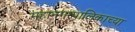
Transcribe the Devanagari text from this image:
महानगरपालिकाच्या